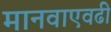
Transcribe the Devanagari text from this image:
मानवाएवढी